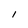
Character: 1